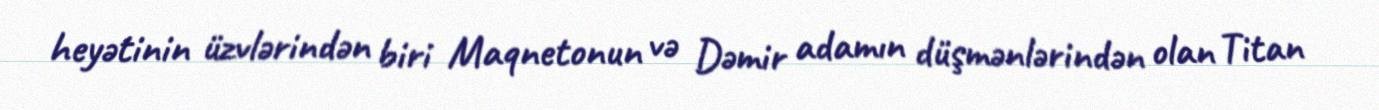
heyətinin üzvlərindən biri Maqnetonun və Dəmir adamın düşmənlərindən olan Titan